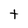
Character: t